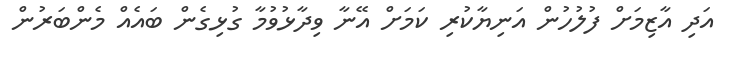
އަދި އާޒިމަށް ފުލުހުން އަނިޔާކުރި ކަމަށް އޭނާ ވިދާޅުވުމާ ގުޅިގެން ބައެއް މެންބަރުން